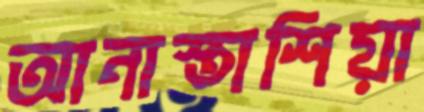
আনাস্তাশিয়া